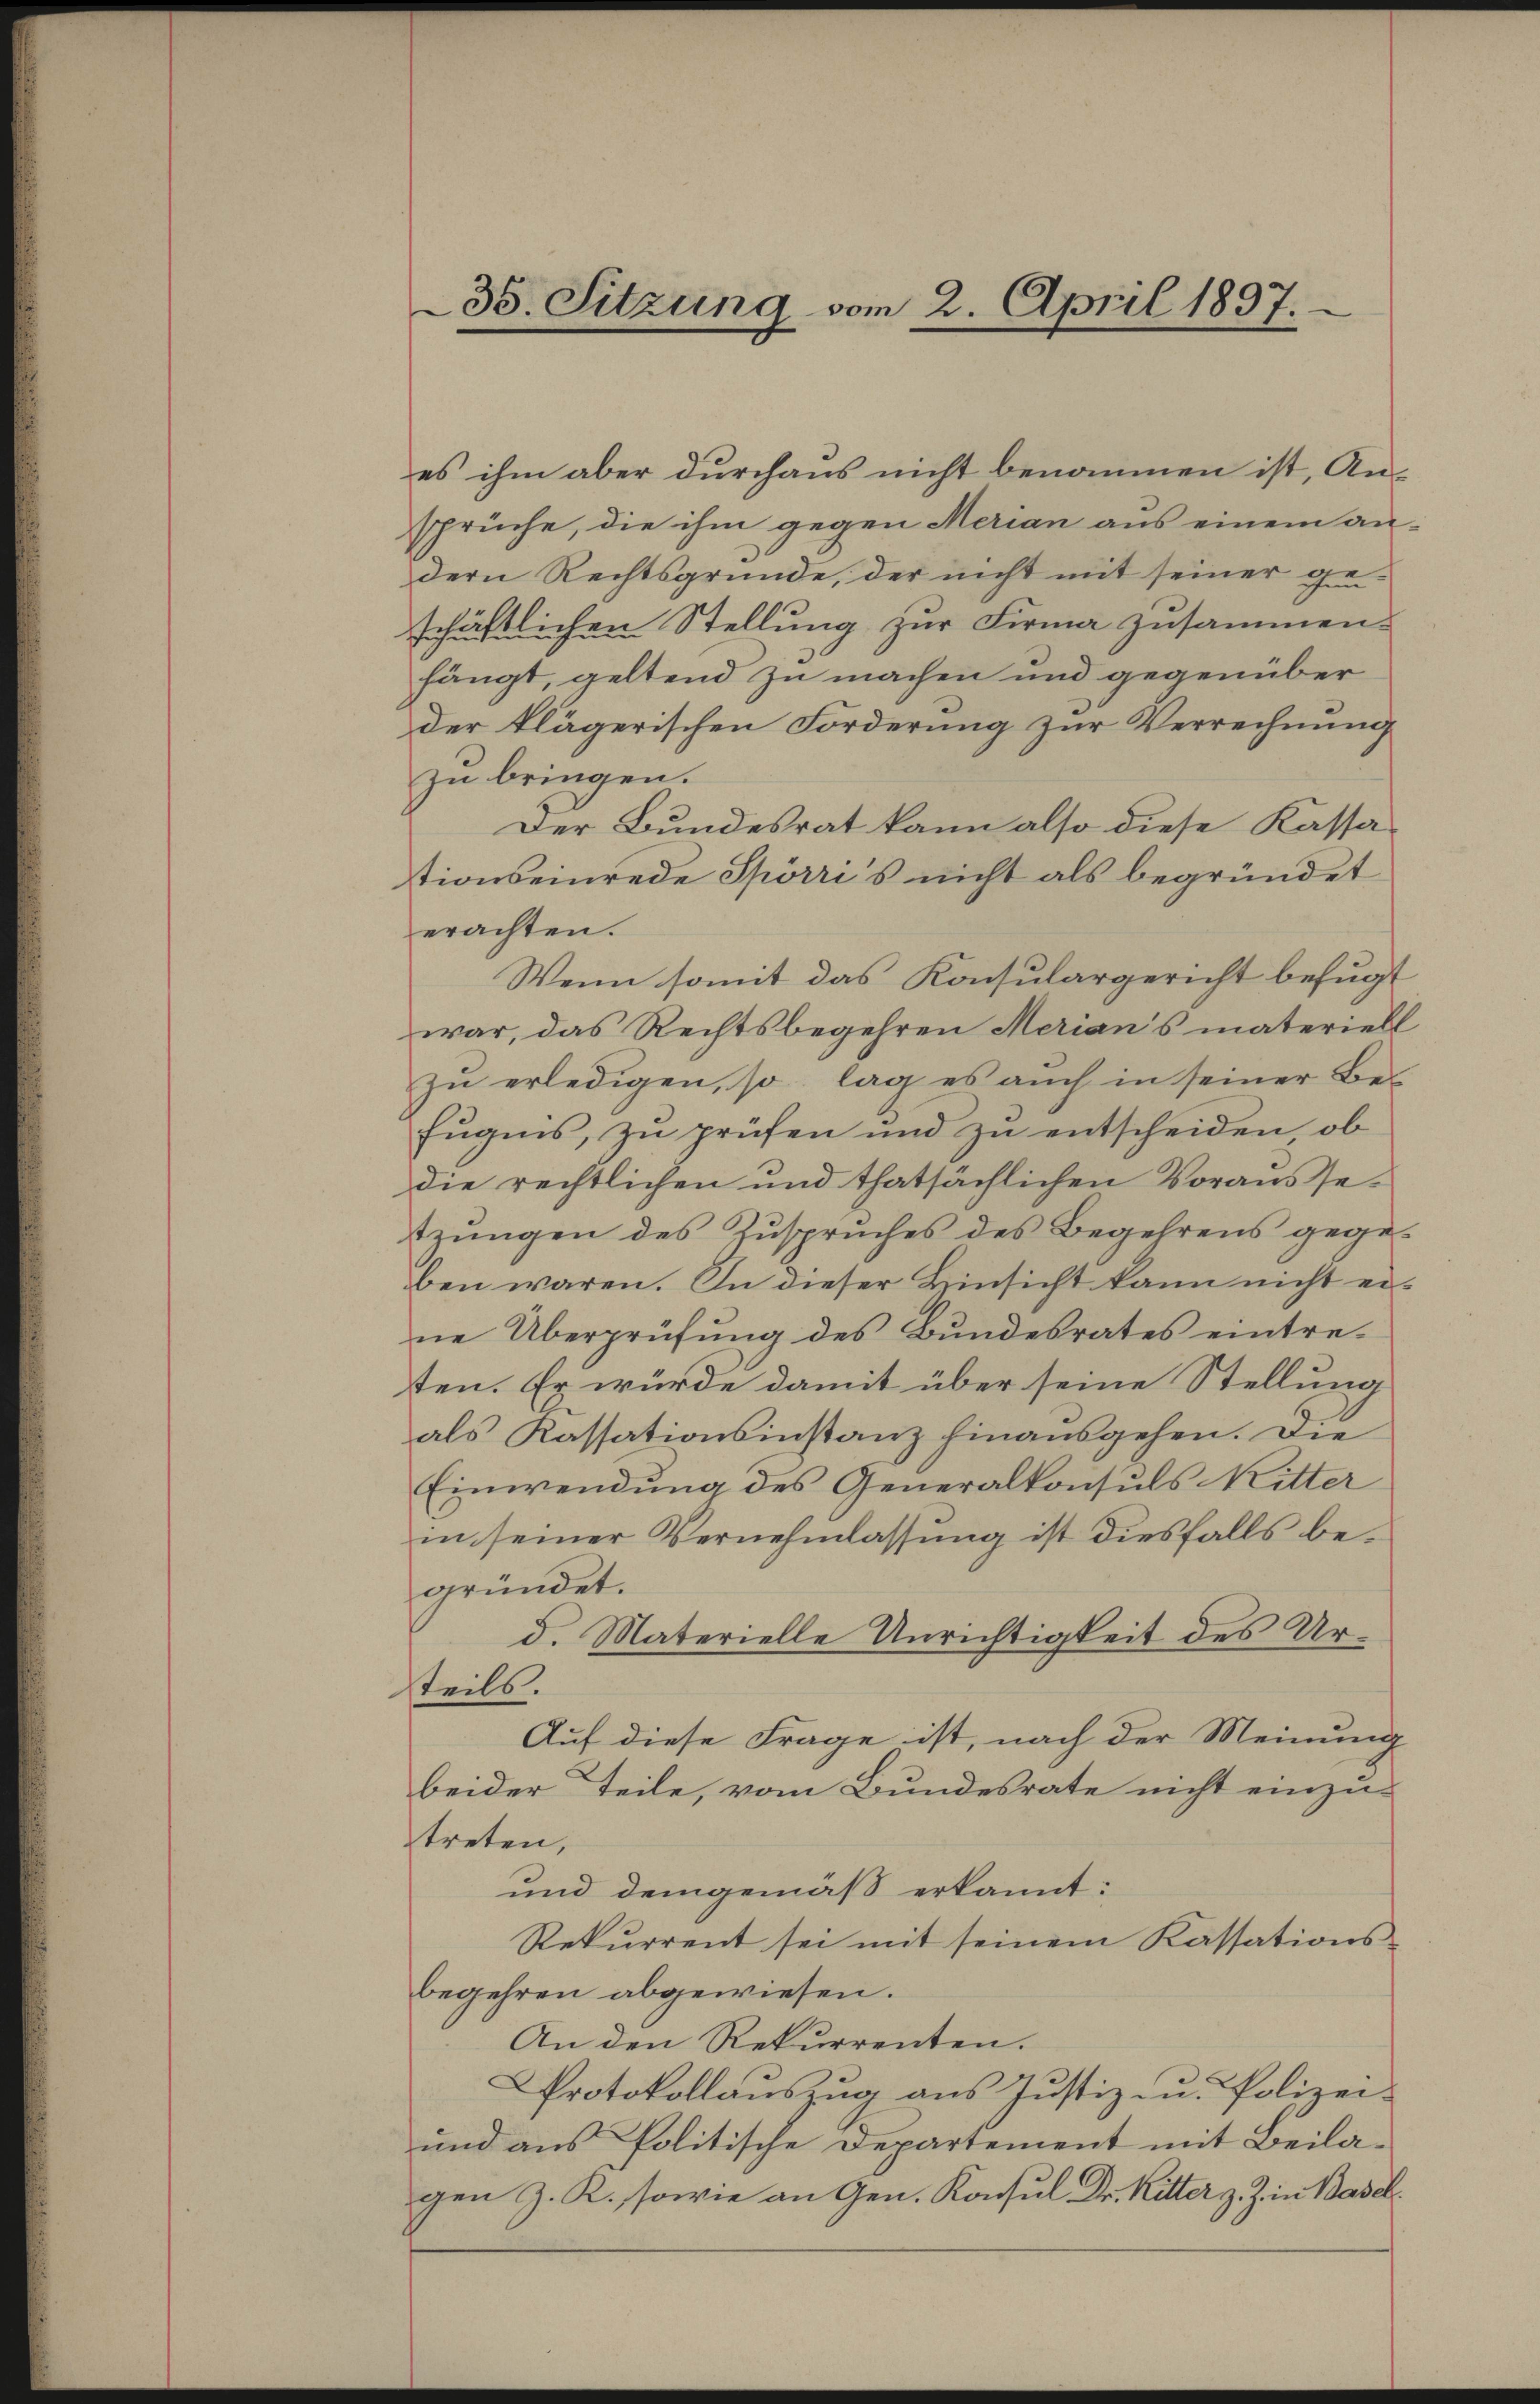
35. Sitzung vom 2. April 1897.

es ihm aber durchaus nicht benommen ist, Ansprüche, die ihm gegen Merian aus einem an-
dern Rechtsgründe, der nicht mit seiner ge
schäftlichen Stellung zur Firma zusammen-
hängt, geltend zu machen und gegenüber
der klägerischen Forderung zŭr Verrechnŭng
zu bringen.
Der Bundesrat kann also diese Kassationseinrede Spörri’s nicht als begründet
erachten.
Wenn somit das Konsulargericht befugt
war, das Rechtsbegehren Merian's materiell
zu erledigen, so lag es auch in seiner Befugnis, zu prüfen und zu entscheiden ob
die rechtlichen und thatsächlichen Voraussetzŭngen des Zuspruches des Begehrens gegeben waren. In dieser Hinsicht kann nicht ei-
ne Überprüfŭng des Bŭndesrates eintre-
ten. Er würde damit über seine Stellung
als Kassationsinstanz hinausgehen. Die
Einwendung des Generalkonsuls Ritter
in seiner Vernehmlassung ist diesfalls begründet.
d. Materielle Unrichtigkeit des Urteils.
Auf diese Frage ist, nach der Meinung
beider Teile, vom Bundesrate nicht einzu-
treten,
und demgemäß erkannt:
Rekurrent sei mit seinem Kassationsbegehren abgewiesen.
An den Rekurrenten.
Protokollauszug aus Justiz- u. Polizei-
und aus Politische Departement mit Beilagen z. R. sowie an Gen. Konsul Dr. Ritter z. Z. in Basel.